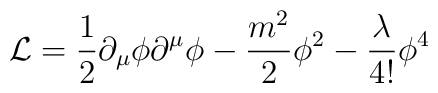
{\cal L} = \frac{1}{2} \partial_{\mu}\phi\partial^{\mu}\phi - \frac{m^{2}}{2}\phi^{2} - \frac{\lambda}{4!}\phi^{4}